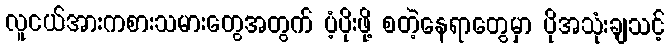
လူငယ်အားကစားသမားတွေအတွက် ပံ့ပိုးဖို့ စတဲ့နေရာတွေမှာ ပိုအသုံးချသင့်